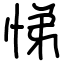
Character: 悌